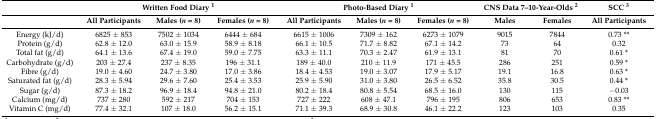
<table><thead><tr><td></td><td colspan="3"><b>Written Food Diary <sup>1</sup></b></td><td colspan="3"><b>Photo-Based Diary <sup>1</sup></b></td><td colspan="2"><b>CNS Data 7–10-Year-Olds <sup>2</sup></b></td><td><b>SCC <sup>3</sup></b></td></tr><tr><td></td><td><b>All Participants</b></td><td><b>Males (<i>n</i> = 8)</b></td><td><b>Females (<i>n</i> = 8)</b></td><td><b>All Participants</b></td><td><b>Males (<i>n</i> = 8)</b></td><td><b>Females (<i>n</i> = 8)</b></td><td><b>Males</b></td><td><b>Females</b></td><td><b>All Participants</b></td></tr></thead><tbody><tr><td>Energy (kJ/d)</td><td>6825 ± 853</td><td>7502 ± 1034</td><td>6444 ± 684</td><td>6615 ± 1006</td><td>7309 ± 162</td><td>6273 ± 1079</td><td>9015</td><td>7844</td><td>0.73 **</td></tr><tr><td>Protein (g/d)</td><td>62.8 ± 12.0</td><td>63.0 ± 15.9</td><td>58.9 ± 8.18</td><td>66.1 ± 10.5</td><td>71.7 ± 8.82</td><td>67.1 ± 14.2</td><td>73</td><td>64</td><td>0.32</td></tr><tr><td>Total fat (g/d)</td><td>64.1 ± 13.6</td><td>67.4 ± 19.0</td><td>59.0 ± 7.75</td><td>63.3 ± 11.1</td><td>70.3 ± 2.47</td><td>61.9 ± 13.1</td><td>81</td><td>70</td><td>0.61 *</td></tr><tr><td>Carbohydrate (g/d)</td><td>203 ± 27.4</td><td>237 ± 8.35</td><td>196 ± 31.1</td><td>189 ± 40.0</td><td>210 ± 11.9</td><td>171 ± 45.5</td><td>286</td><td>251</td><td>0.59 *</td></tr><tr><td>Fibre (g/d)</td><td>19.0 ± 4.60</td><td>24.7 ± 3.80</td><td>17.0 ± 3.86</td><td>18.4 ± 4.53</td><td>19.0 ± 3.07</td><td>17.9 ± 5.17</td><td>19.1</td><td>16.8</td><td>0.63 *</td></tr><tr><td>Saturated fat (g/d)</td><td>28.3 ± 5.94</td><td>29.6 ± 7.60</td><td>25.4 ± 3.53</td><td>25.9 ± 5.90</td><td>31.0 ± 3.80</td><td>26.5 ± 6.52</td><td>35.8</td><td>30.5</td><td>0.44 *</td></tr><tr><td>Sugar (g/d)</td><td>87.3 ± 18.2</td><td>96.9 ± 18.4</td><td>94.8 ± 21.0</td><td>80.2 ± 18.4</td><td>80.8 ± 5.54</td><td>68.5 ± 16.0</td><td>130</td><td>115</td><td>−0.03</td></tr><tr><td>Calcium (mg/d)</td><td>737 ± 280</td><td>592 ± 217</td><td>704 ± 153</td><td>727 ± 222</td><td>608 ± 47.1</td><td>796 ± 195</td><td>806</td><td>653</td><td>0.83 **</td></tr><tr><td>Vitamin C (mg/d)</td><td>77.4 ± 32.1</td><td>107 ± 18.0</td><td>56.2 ± 15.1</td><td>71.1 ± 39.3</td><td>68.9 ± 30.8</td><td>46.1 ± 22.2</td><td>123</td><td>103</td><td>0.35</td></tr></tbody></table>